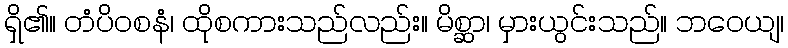
ရှိ၏။ တံပိဝစနံ၊ ထိုစကားသည်လည်း။ မိစ္ဆာ၊ မှားယွင်းသည်။ ဘဝေယျ၊